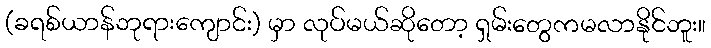
(ခရစ်ယာန်ဘုရားကျောင်း) မှာ လုပ်မယ်ဆိုတော့ ရှမ်းတွေကမလာနိုင်ဘူး။